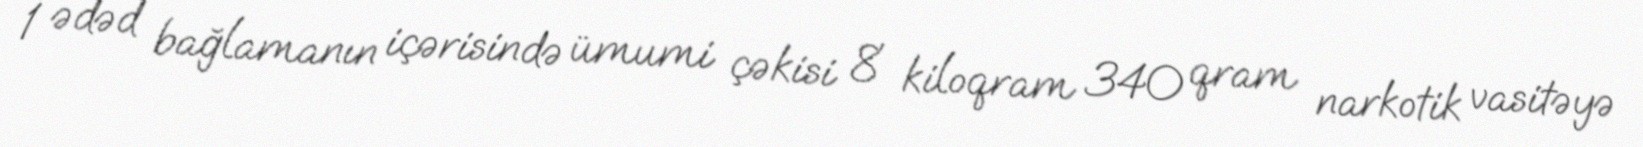
1 ədəd bağlamanın içərisində ümumi çəkisi 8 kiloqram 340 qram narkotik vasitəyə